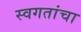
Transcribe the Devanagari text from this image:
स्वगतांचा